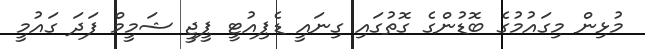
މުޅިން މިގައުމުގެ ބޮޑުންގެ ގޮތުގައި ގިނައީ ޑެޕިއުޓީ ޕީޖީ ޝަމީމް ފަދަ ގައުމީ